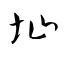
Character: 圸